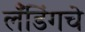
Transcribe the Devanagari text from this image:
लँडिंगचे